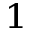
^ 1